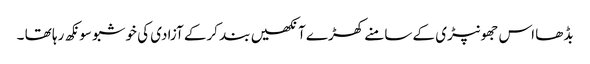
بڈھا اس جھونپڑی کے سامنے کھڑے آنکھیں بند کرکے آزادی کی خوشبو سونکھ رہا تھا ۔